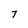
Character: 7